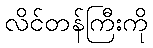
လိင်တန်ကြီးကို